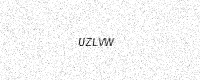
Text: UZLVW